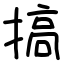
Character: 搞